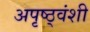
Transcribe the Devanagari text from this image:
अपृष्ठ्वंशी